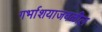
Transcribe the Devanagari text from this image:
गर्भाशयाजवळील